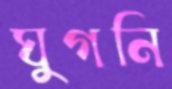
ঘুগনি